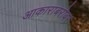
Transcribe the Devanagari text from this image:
आकाराबरोबर